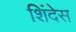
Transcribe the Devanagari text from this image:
शिंदेस